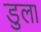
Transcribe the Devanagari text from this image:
डुला